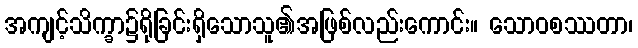
အကျင့်သိက္ခာ၌ရိုခြင်းရှိသောသူ၏အဖြစ်လည်းကောင်း။ သောဝစဿတာ၊